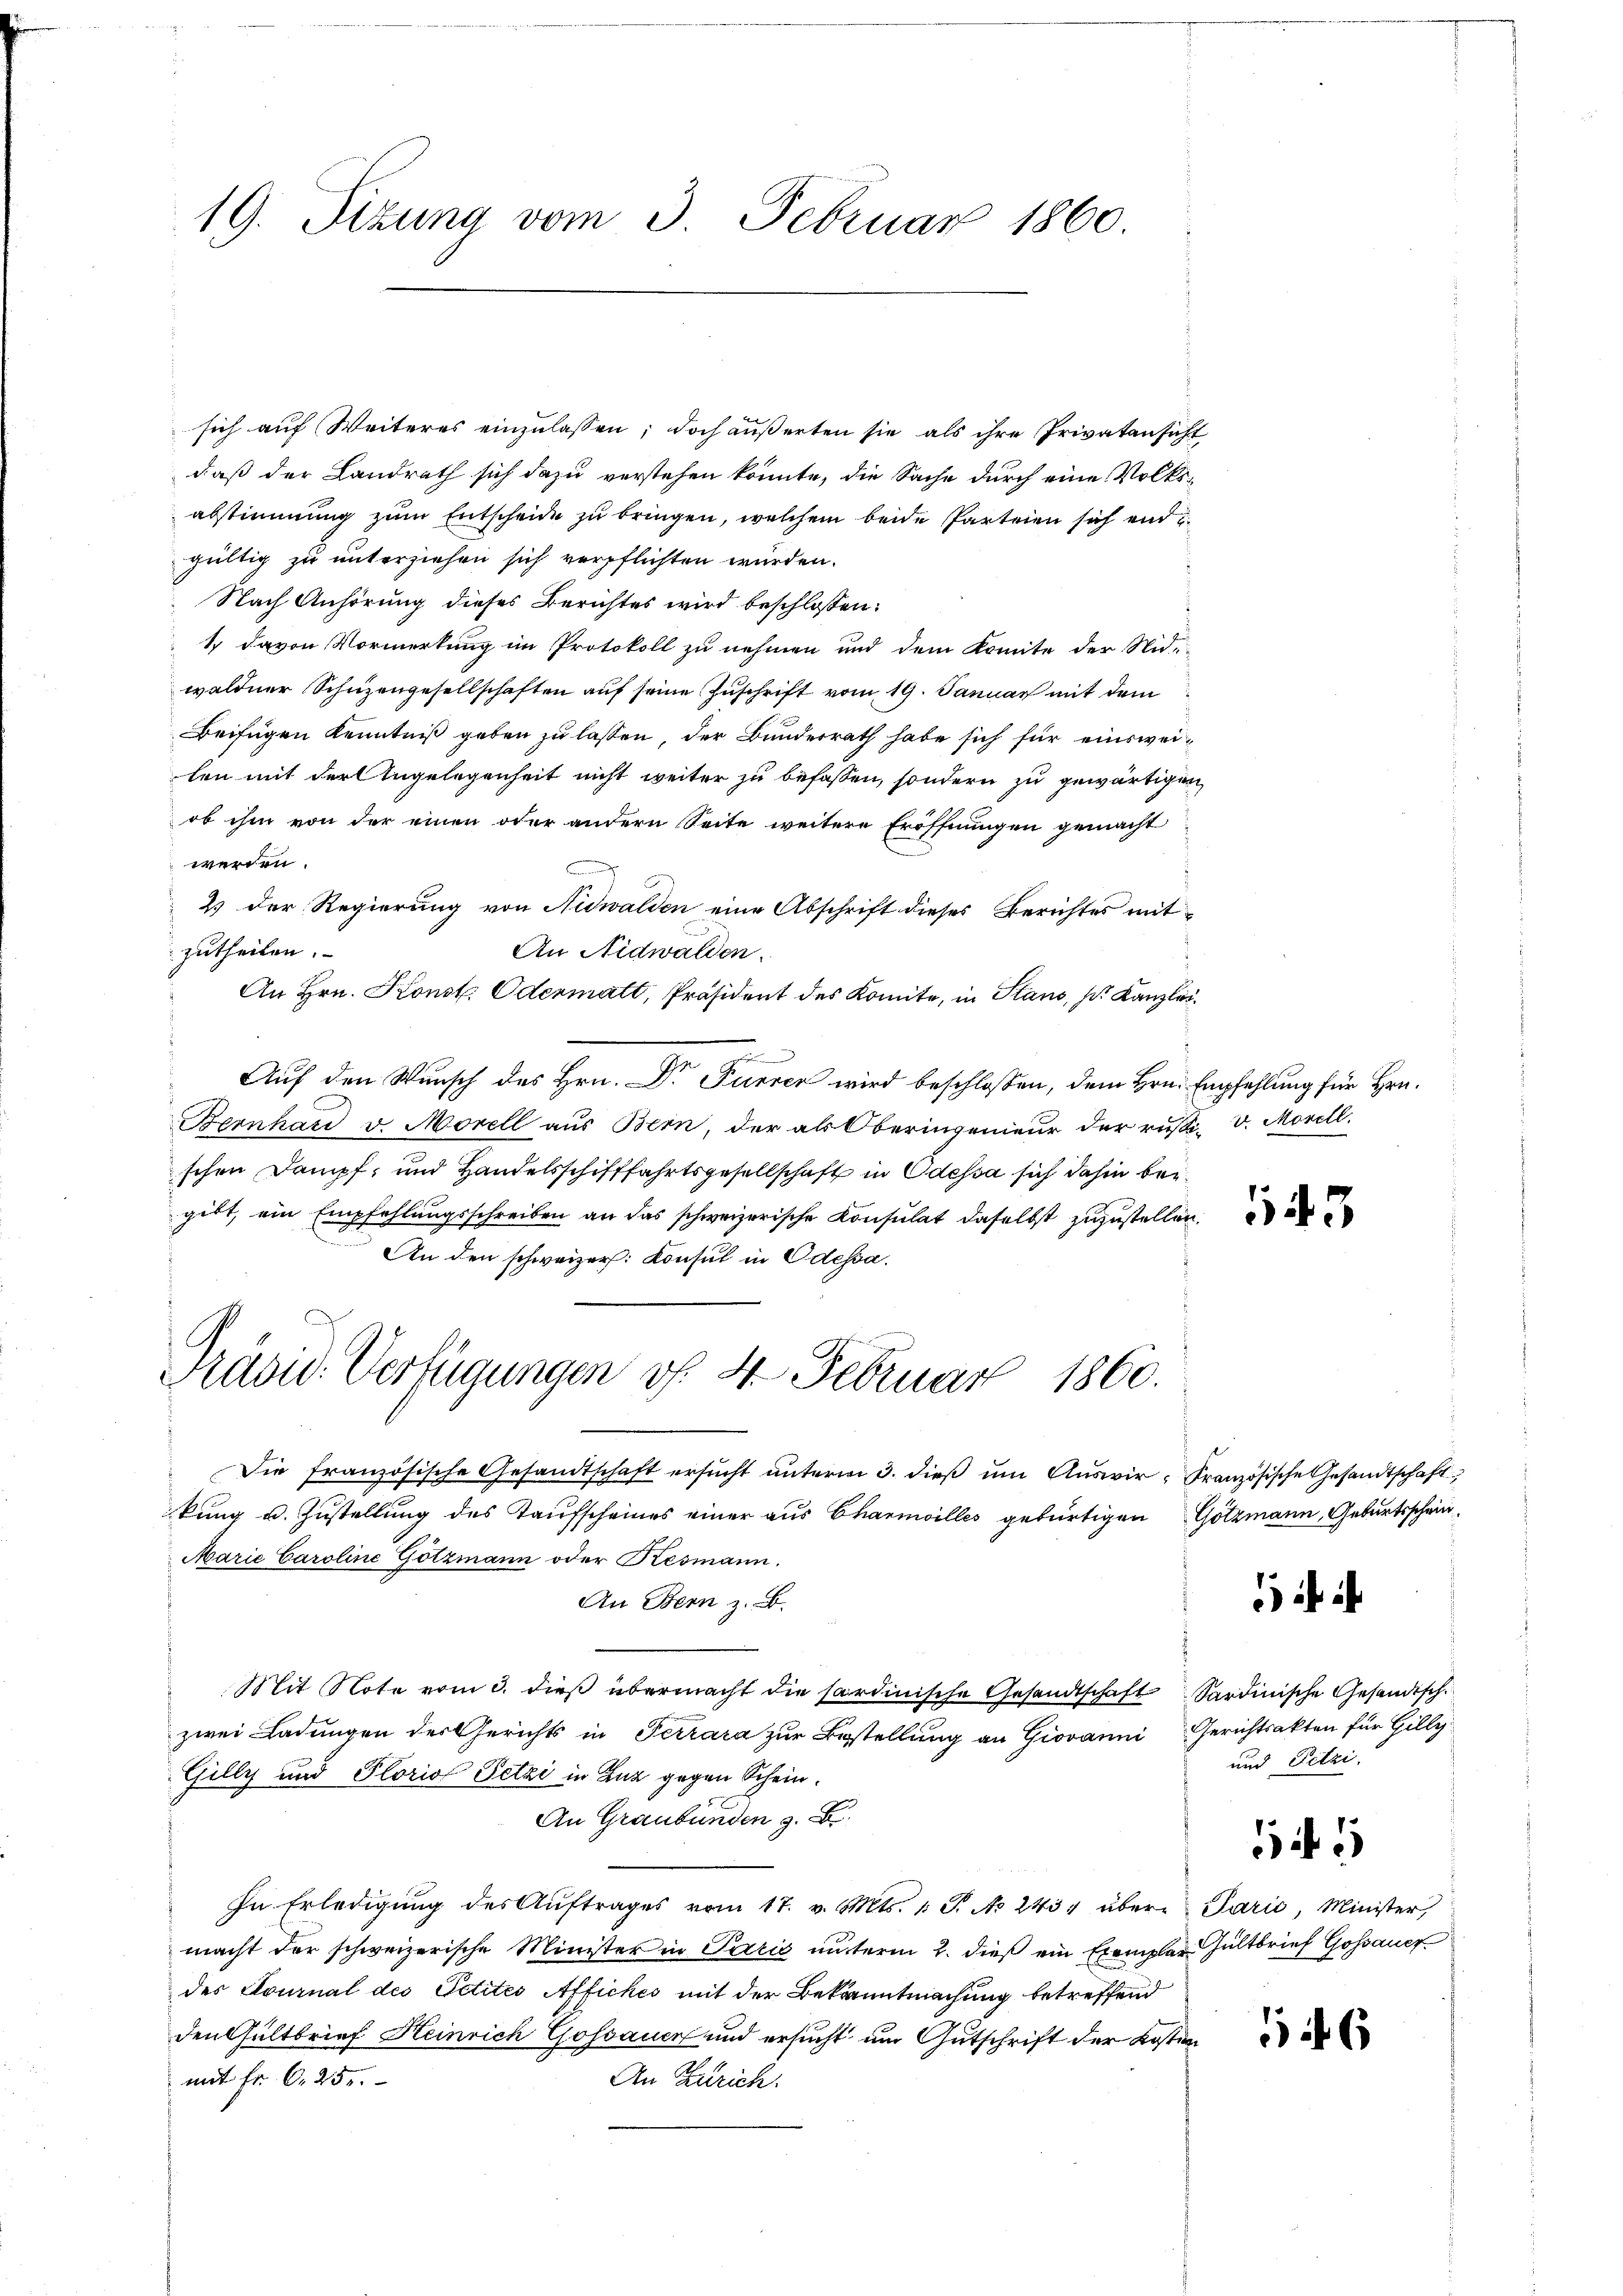
19. Sizung vom 3. Februar 1860.

sich auf Weiteres einzulassen; doch äußerten sie als ihre Privatansicht
daß der Landrath sich dazu verstehen könnte, die Sache durch eine Volksabstimmung zum Entscheide zu bringen, welchem beide Parteien sich end
gültig zu unterziehen sich verpflichten würden.
Nach Anhörung dieses Berichtes wird beschlossen:
1 davon Vormerkung im Protokoll zu nehmen und dem Komite der Nid-
waldner Schüzengesellschaften auf seine Zuschrift vom 19. Januar mit dem
Beifügen Kenntniß geben zu lassen, der Bunderrath habe sich für einsweilen mit der Angelegenheit nicht weiter zu befassen, sondern zu gewärtigen
ob ihm von der einen oder andern Seite weitere Eröffnungen gemacht
werden.
m
2) der Regierung von Nidwalden eine Abschrift dieses Berichtes mit-
zutheilen.
An Nidwalden.
An Hrn. Konst. Odermalt, Präsident des Komite, in Stand, s. Kanzleie
Auf den Wunsch des Hrn. Dr Furrer wird beschlossen, dem Hrn. Empfehlung für Hrn.
Bernhard v. Morell aus Bern, der als Oberingenieur der rusi-V. Morell.
schen Dampf, und Handelsschifffahrtsgesellschaft in Odessa sich dahin beigibt, ein Empfehlungsschreiben an das schweizerische Konsulat daselbst zuzustellen.
An den schweizer. Konsul in Odessa.
Präsid. Verfügungen v. 4. Februar 1860.
Die französische Gesandtschaft ersŭcht ŭnterm 3. dieß um Auswir, Französische Gesandtschaft
kung u. Zustellung des Taufscheines einer aus Charmoilles gebürtigen Gotzmann, Geburtsschein¬
Marie Caroline Götzmann oder Kesmann.
An Bern z. B.
Mit Note vom 3. dieß übermacht die sardinische Gesandtschaft Sardinische Gesandtsch
zwei Ladungen der Gerichts in Terrara zur Bestellung an Giovanni Gerichtsakten für Gilly
Gilly und Plorio Petzi in Zuz gegen Schein¬
An Graubünden z. B.
In Erledigŭng des Aŭftrages vom 17. v. Mts. 1 S. No 2434 über Parić, Minister
macht der schweizerische Minister in Paris unterm 2. dieß ein Exemplar Gültbrief Gossauer
des Journal des Petites Affiches mit der Bekanntmachung betreffend
den Gültbrief Heinrich Gossauer und ersucht um Gutschrift der Kosten
mit Fr. 6. 25.
An Zürich.

43

und Pitzi.
15

526